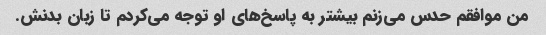
من موافقم حدس می‌زنم بیشتر به پاسخ‌های او توجه می‌کردم تا زبان بدنش.